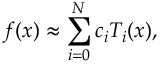
f ( x ) \approx \sum _ { i = 0 } ^ { N } c _ { i } T _ { i } ( x ) ,